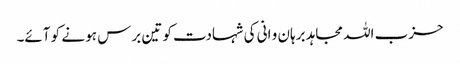
حزب اللہ مجاہد برہان و انی کی شہادت کو تین برس ہو نے کو آئے۔